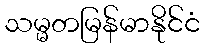
သမ္မတမြန်မာနိုင်ငံ